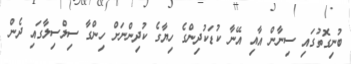
ބުނިގޮތުގައި ސިނާން އާއި އޭނާ ކުޑަކުދިންގެ ހިޔާގެ ކުދިންނަށް ހިންގާ ސިލްސިލާގައި ދެން